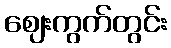
ဈေးကွက်တွင်း